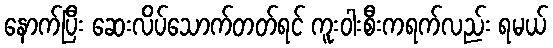
နောက်ပြီး ဆေးလိပ်သောက်တတ်ရင် ကူးဝါးစီးကရက်လည်း ရမယ်